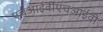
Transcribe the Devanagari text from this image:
एचआईवीएचआईवी